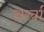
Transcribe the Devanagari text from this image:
अर्खा